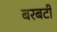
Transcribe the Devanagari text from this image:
बरबटी